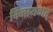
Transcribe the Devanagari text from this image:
विनायगर्